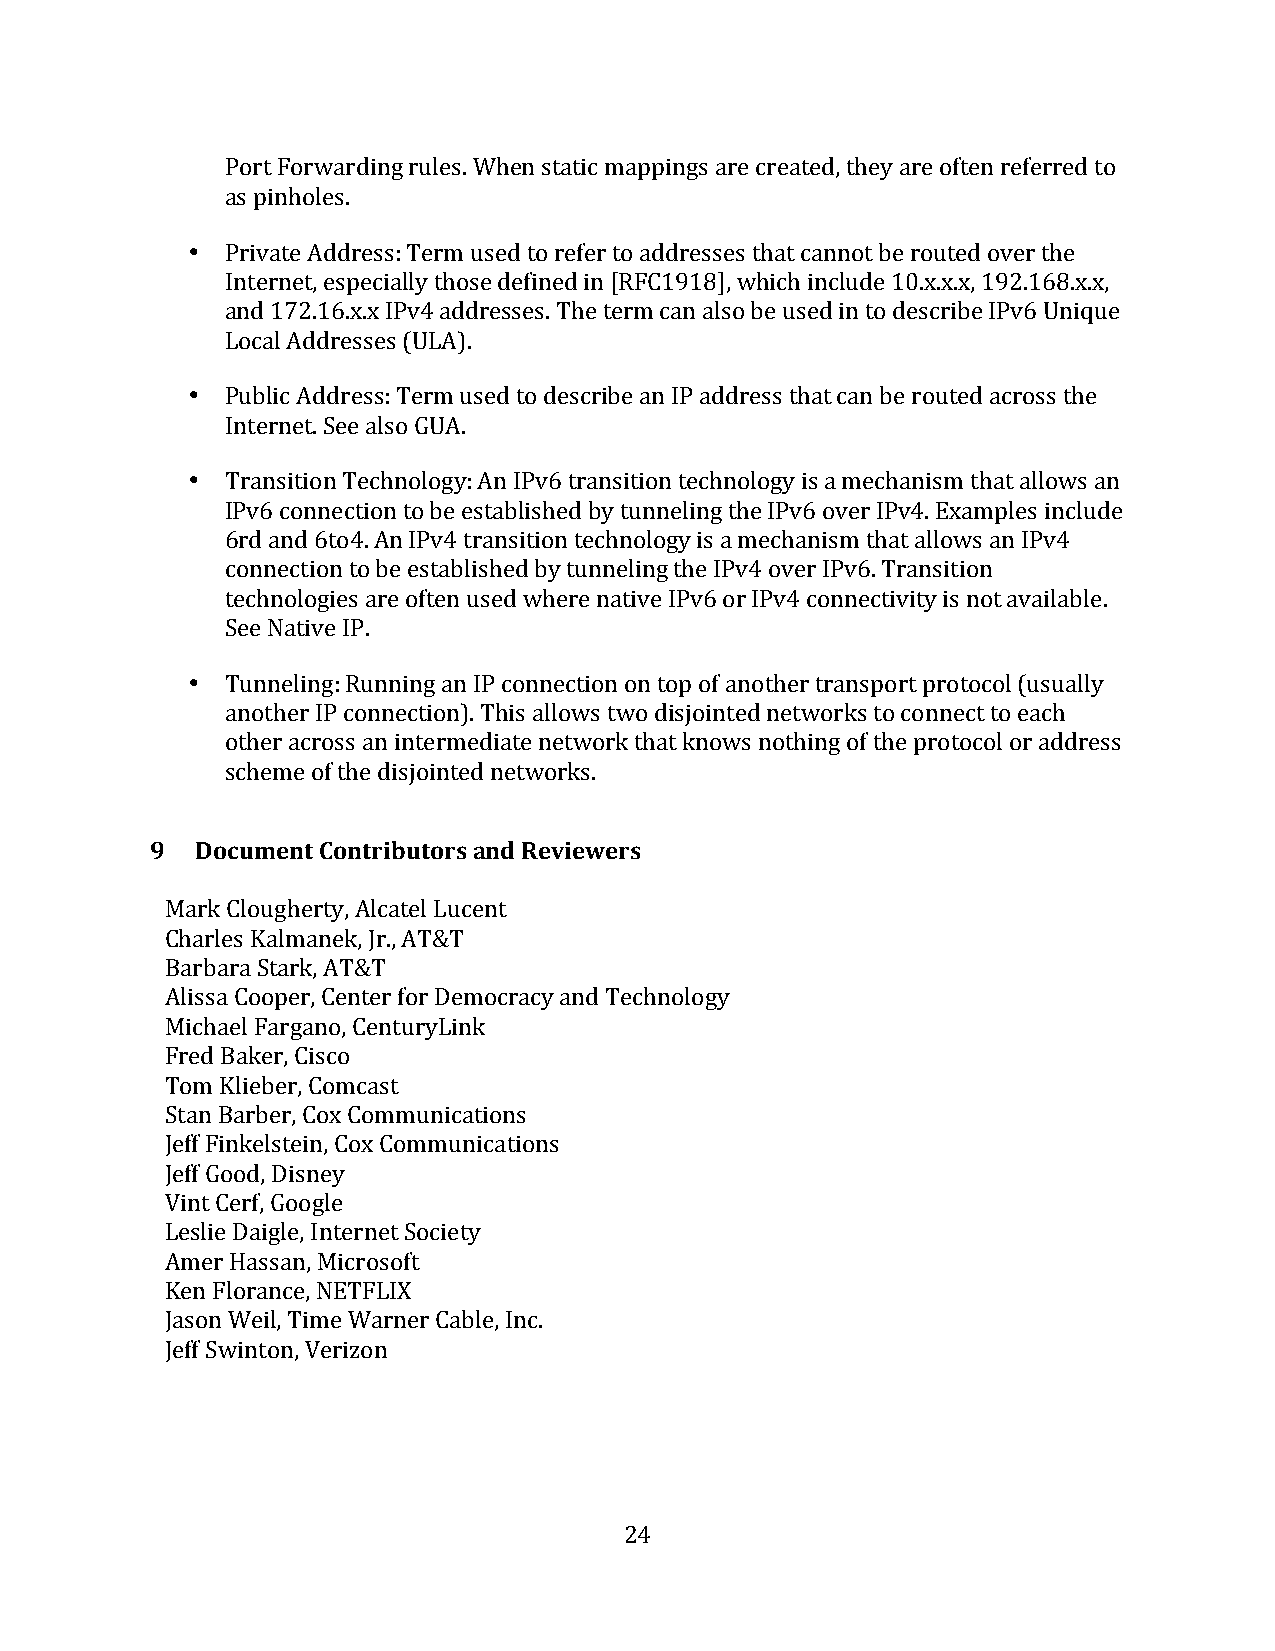
Port Forwarding rules. When static mappings are created, they are often referred to
 as pinholes.
 •  Private Address: Term used to refer to addresses that cannot be routed over the
 Internet, especially those defined in [RFC1918], which include 10.x.x.x, 192.168.x.x,
 and 172.16.x.x IPv4 addresses. The term can also be used in to describe IPv6 Unique
 Local Addresses (ULA).
 •  Public Address: Term used to describe an IP address that can be routed across the
 Internet. See also GUA.
 •  Transition Technology: An IPv6 transition technology is a mechanism that allows an
 IPv6 connection to be established by tunneling the IPv6 over IPv4. Examples include
 6rd and 6to4. An IPv4 transition technology is a mechanism that allows an IPv4
 connection to be established by tunneling the IPv4 over IPv6. Transition
 technologies are often used where native IPv6 or IPv4 connectivity is not available.
 See Native IP.
 •  Tunneling: Running an IP connection on top of another transport protocol (usually
 another IP connection). This allows two disjointed networks to connect to each
 other across an intermediate network that knows nothing of the protocol or address
 scheme of the disjointed networks.
 9  Document Contributors and Reviewers
 Mark Clougherty, Alcatel Lucent
 Charles Kalmanek, Jr., AT&T
 Barbara Stark, AT&T
 Alissa Cooper, Center for Democracy and Technology
 Michael Fargano, CenturyLink
 Fred Baker, Cisco
 Tom Klieber, Comcast
 Stan Barber, Cox Communications
 Jeff Finkelstein, Cox Communications
 Jeff Good, Disney
 Vint Cerf, Google
 Leslie Daigle, Internet Society
 Amer Hassan, Microsoft
 Ken Florance, NETFLIX
 Jason Weil, Time Warner Cable, Inc.
 Jeff Swinton, Verizon
 24